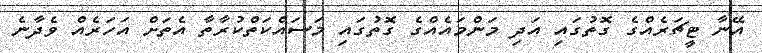
އޭނާ ޓީޗަރެއްގެ ގޮތުގައި އަދި މަންމައެއްގެ ގޮތުގައި މަސައްކަތްކުރާތާ އެތަށް އަހަރެއް ވެދާނެ